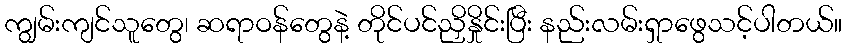
ကျွမ်းကျင်သူတွေ၊ ဆရာဝန်တွေနဲ့ တိုင်ပင်ညှိနှိုင်းပြီး နည်းလမ်းရှာဖွေသင့်ပါတယ်။